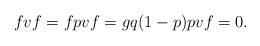
LaTeX: \begin{align*}fvf=fpvf=gq(1-p)pvf=0.\end{align*}